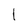
Character: l